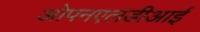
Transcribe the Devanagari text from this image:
ओपनएलडीआई